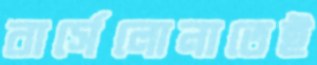
বার্সেলোনাতেই